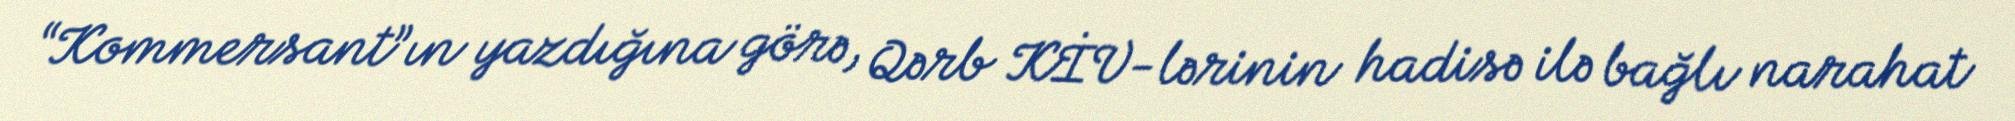
“Kommersant”ın yazdığına görə, Qərb KİV-lərinin hadisə ilə bağlı narahat